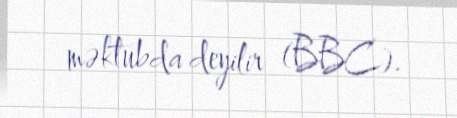
məktubda deyilir (BBC).